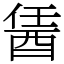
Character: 䣸